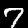
Digit: 7